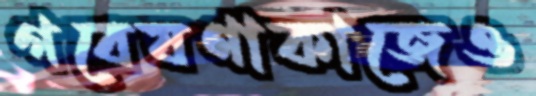
গবেষণাকাজেও